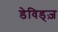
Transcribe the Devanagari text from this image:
डेविड्ज़